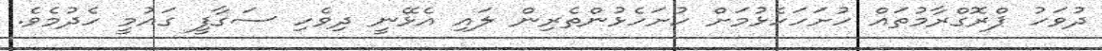
ދުވަހު ޕްރޮގްރާމުތައް ހުށަހަހެޅުމަށް ހުށަހެޅުންތެރިން ލައި އެޅޭނީ ދިވެހި ސަގާފީ ގައުމީ ހެދުމެވެ.